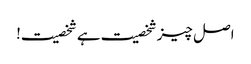
اصل چیز شخصیت ہے شخصیت!